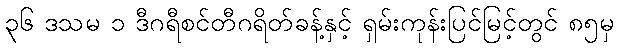
၃၆ ဒသမ ၁ ဒီဂရီစင်တီဂရိတ်ခန့်နှင့် ရှမ်းကုန်းပြင်မြင့်တွင် ၈၅မှ